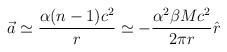
LaTeX: \begin{align*}\vec{a}\simeq\frac{\alpha(n-1)c^2}{r}\simeq -\frac{\alpha^2\beta Mc^2}{2\pi r}\hat{r}\end{align*}